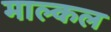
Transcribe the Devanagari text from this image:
माल्कल